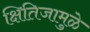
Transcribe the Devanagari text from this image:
क्षितिजामुळे